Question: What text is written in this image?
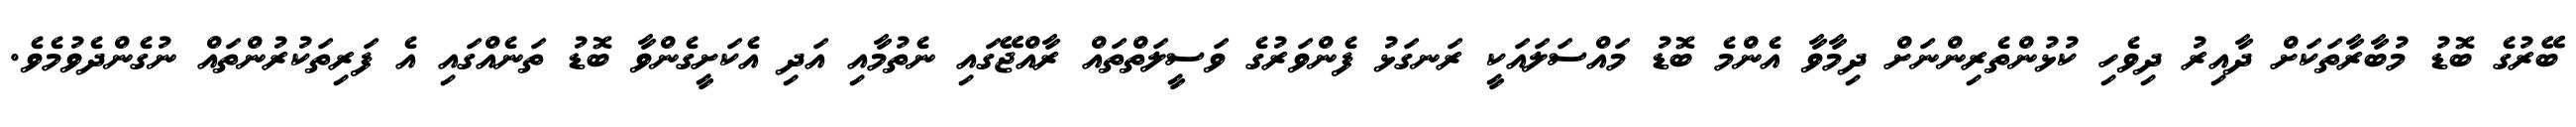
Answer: ބޭރުގެ ބޮޑު މުބާރާތަކަށް ދާއިރު ދިވެހި ކުޅުންތެރިންނަށް ދިމާވާ އެންމެ ބޮޑު މައްސަލައަކީ ރަނގަޅު ފެންވަރުގެ ވަސީލަތްތައް ރާއްޖޭގައި ނެތުމާއި އަދި އެކަށީގެންވާ ބޮޑު ތަނެއްގައި އެ ފަރިތަކުރުންތައް ނުގެންދެވުމެވެ.